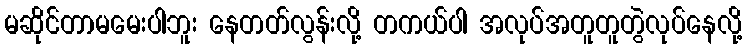
မဆိုင်တာမမေးပါဘူး နေတတ်လွန်းလို့ တကယ်ပါ အလုပ်အတူတူတွဲလုပ်နေလို့